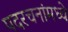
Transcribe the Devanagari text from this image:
पदरचनांमध्ये